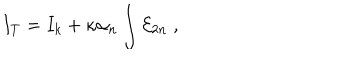
I _ { T } = I _ { k } + \kappa \alpha _ { n } \int { \cal E } _ { 2 n } \; ,